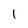
Character: 1